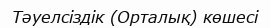
Тәуелсіздік (Орталық) көшесі